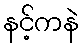
နင့်ကနဲ